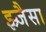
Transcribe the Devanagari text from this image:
झ्र्जैसा